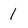
Character: 1